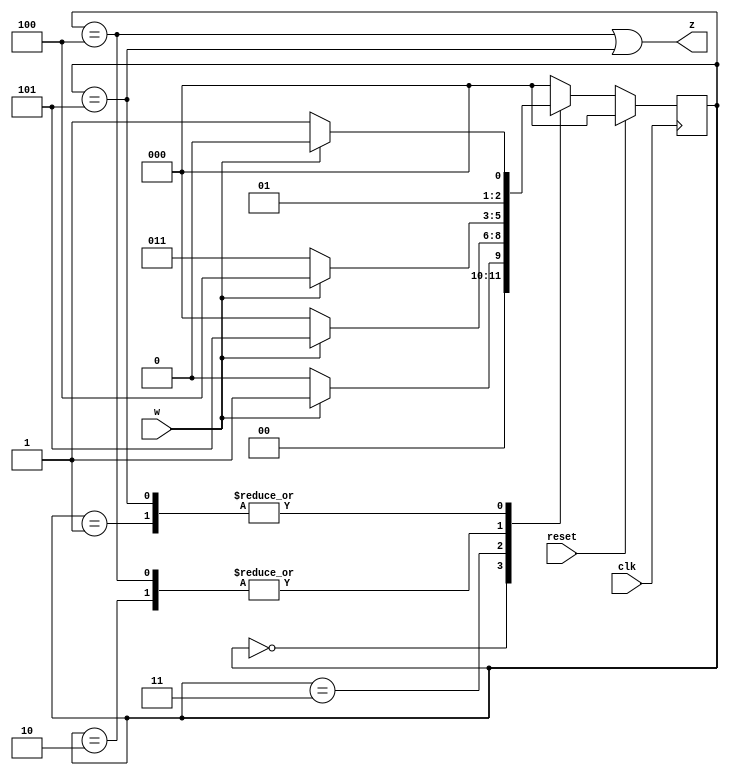
//
//
// https://hdlbits.01xz.net/wiki/Exams/2012_q2fsm
//
//

`default_nettype none

module top_module (
    input           clk,
    input           reset,
    input           w,
    output          z
);

    parameter       SA  = 3'b000,
                    SB  = 3'b001,
                    SC  = 3'b010,
                    SD  = 3'b011,
                    SE  = 3'b100,
                    SF  = 3'b101;

    reg     [2:0]   state;
    reg     [2:0]   state_next;

    always @(posedge clk) begin
        if (reset)
            state <= SA;
        else
            state <= state_next;
    end

    always @(*) begin
        case (state)
        SA      : state_next = w ? SB : SA;
        SB      : state_next = w ? SC : SD;
        SC      : state_next = w ? SE : SD;
        SD      : state_next = w ? SF : SA;
        SE      : state_next = w ? SE : SD;
        SF      : state_next = w ? SC : SD;
        default : state_next = SA;
        endcase
    end

    assign z = (state == SE) | (state == SF);

endmodule